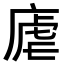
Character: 𪪛